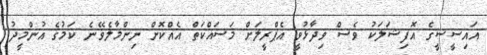
އައިސީސީގެ އޮފިޝަލަކު ވެސް ވިދާޅުވީ އެޕްރީލަށް މަސައްކަތް އެއްކޮށް ނިންމާލެވޭނެ ކަމުގެ އުންމީދު